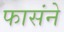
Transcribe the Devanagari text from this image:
फासंने